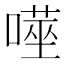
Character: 𭊮